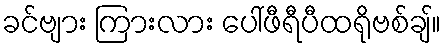
ခင်ဗျား ကြားလား ပေါ်ဖီရီပီထရိုဗစ်ချ်။